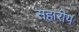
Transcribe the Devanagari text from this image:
सहारीय